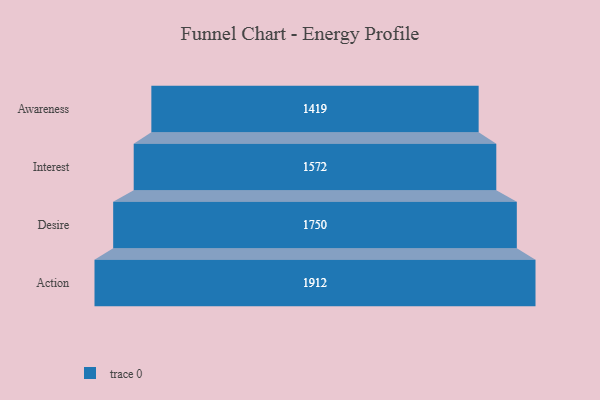
{"axis": {"x": "Stage", "y": "Value"}, "legend": [""], "data": [{"x": "Awareness", "y": 1419.0, "type": ""}, {"x": "Interest", "y": 1572.0, "type": ""}, {"x": "Desire", "y": 1750.0, "type": ""}, {"x": "Action", "y": 1912.0, "type": ""}]}